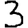
Digit: 3